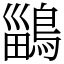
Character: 鶅